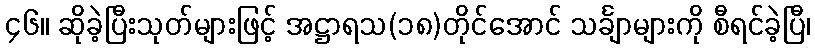
၄၆။ ဆိုခဲ့ပြီးသုတ်များဖြင့် အဋ္ဌာရသ(၁၈)တိုင်အောင် သင်္ချာများကို စီရင်ခဲ့ပြီ၊